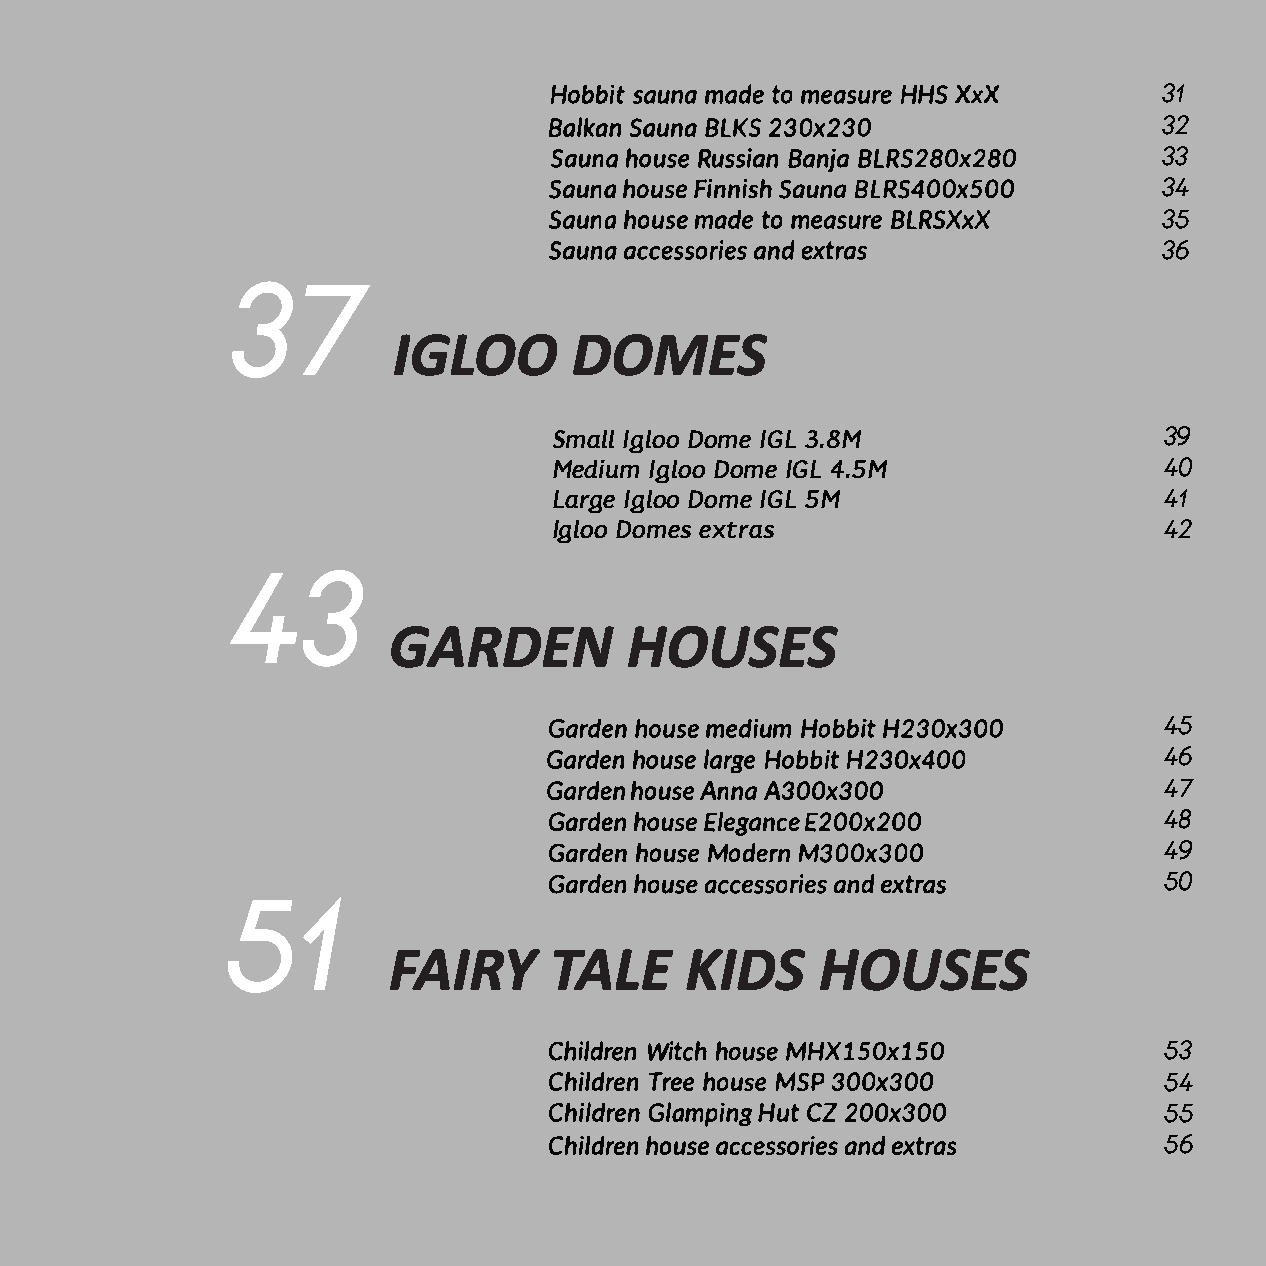
31
 32
 33
 34
 35
 36
 37
 IGLOO       DOMES
 Small Igloo Dome IGL 3.8M               39
 Medium Igloo Dome IGL 4.5M              40
 Large Igloo Dome IGL 5M                 41
 Igloo Domes extras                      42
 43
 GARDEN         HOUSES
 45
 46
 47
 48
 49
 50
 51
 FAIRY     TALE     KIDS     HOUSES
 53
 54
 55
 56